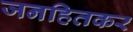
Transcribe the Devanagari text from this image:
जनहितकर